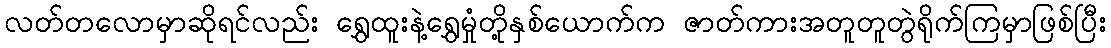
လတ်တလောမှာဆိုရင်လည်း ရွှေထူးနဲ့ရွှေမှုံတို့နှစ်ယောက်က ဇာတ်ကားအတူတူတွဲရိုက်ကြမှာဖြစ်ပြီး